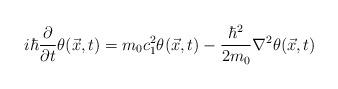
LaTeX: \begin{align*}i\hbar\frac{\partial}{\partial t}\theta(\vec{x},t)=m_{0}c_{1}^{2}\theta(\vec{x},t)-\frac{\hbar^{2}}{2m_0}\nabla^{2}\theta(\vec{x},t)\end{align*}